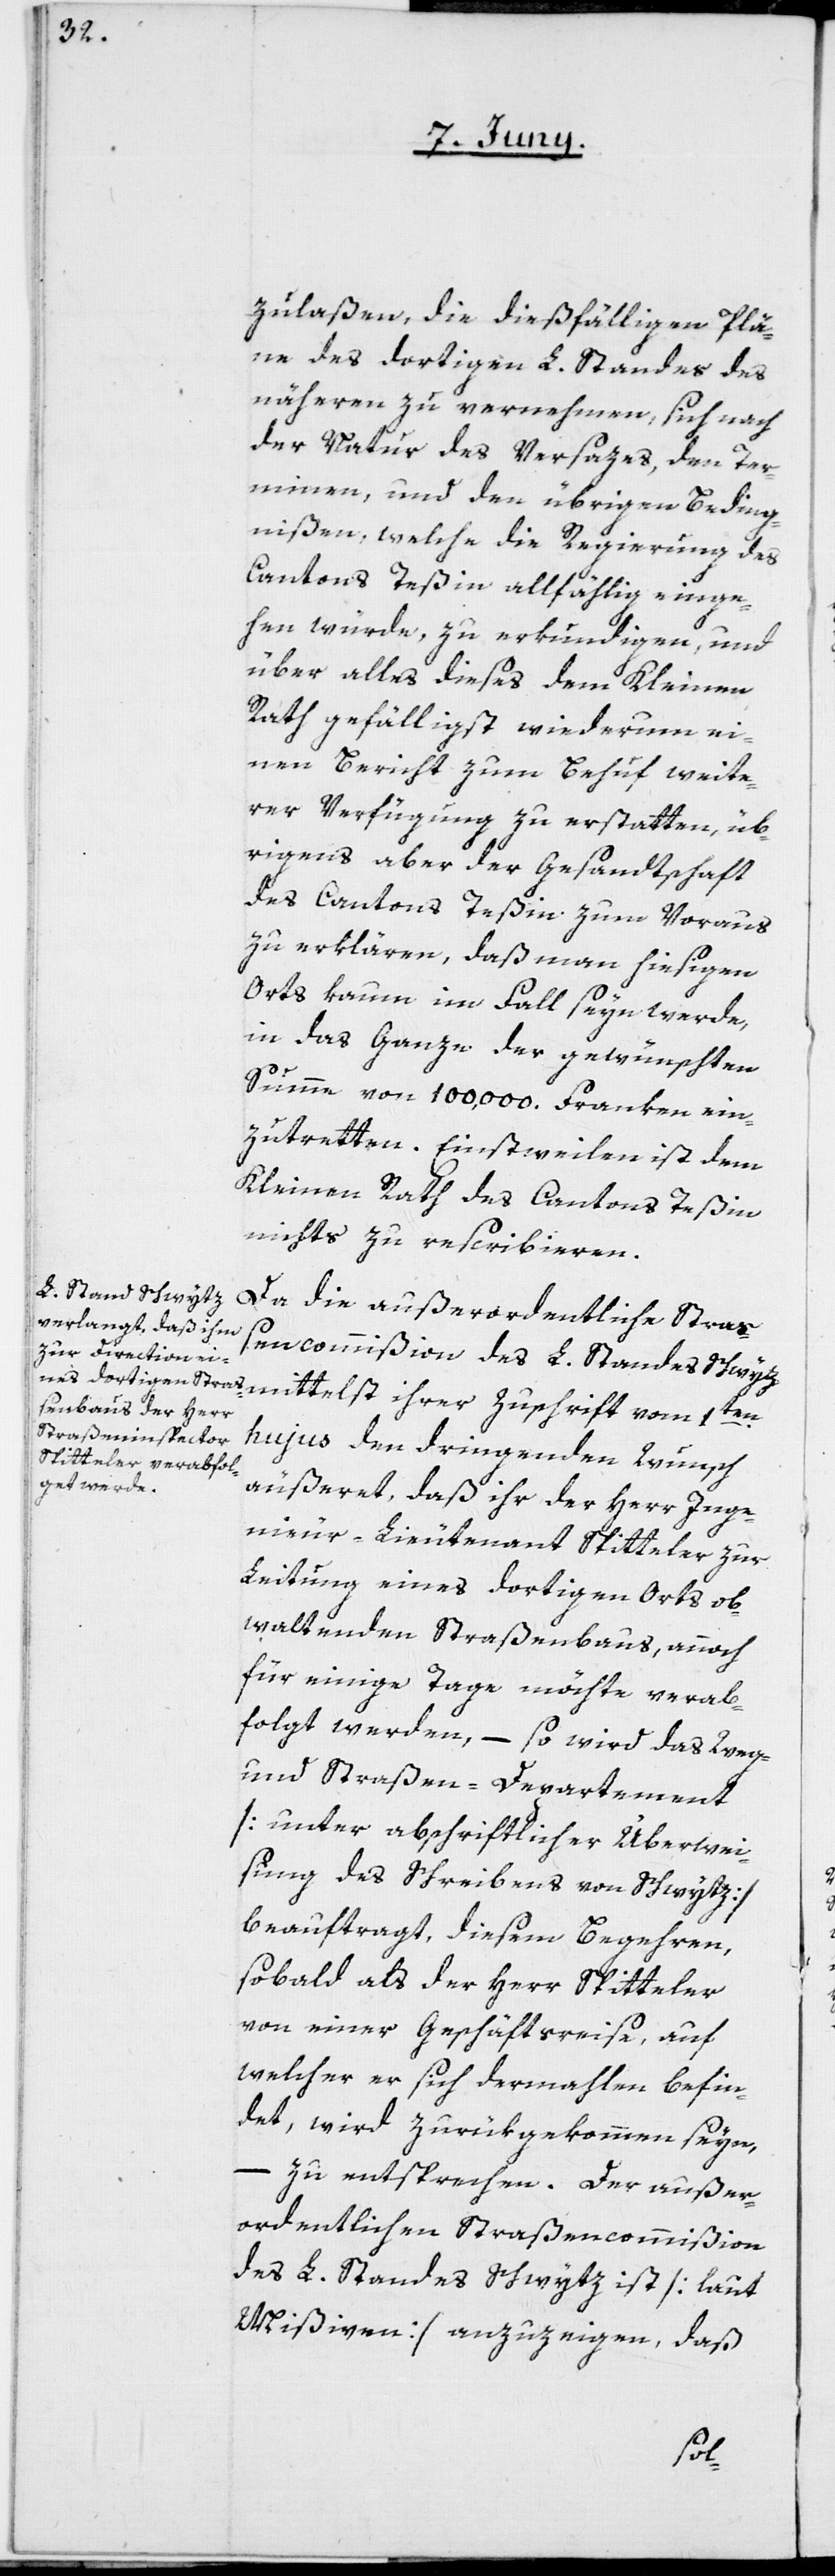
zulaßen, die dießfälligen Plä¬
ne des dortigen L. Standes des
nähern zu vernehmen, sich nach
der Natur des Versazes, den Ter¬
minen, und den übrigen Beding¬
nißen, welche die Regierung des
Cantons Teßin allfählig einge¬
hen würde, zu erkundigen, und
über alles dieses dem Kleinen
Rath gefälligst wiederum ei¬
nen Bericht zum Behuf weite¬
rer Verfügung zu erstatten, üb¬
rigens aber der Gesandtschaft
des Cantons Teßin zum Voraus
zu erklären, daß man hiesigen
Orts kaum im Fall seyn werde,
in das Ganze der gewünschten
Summe von 100,000. Franken ein¬
zutretten. Einstweilen ist dem
Kleinen Rath des Cantons Teßin
nichts zu rescribieren.
Da die außerordentliche Straß¬
encommißion des L. Standes Schwytz
hujus den dringenden Wunsch
äußeret, daß ihr der Herr Inge¬
nieur-Lieutenant Spitteler zur
Leitung eines dortigen Orts ob¬
waltenden Straßenbaus, annoch
für einige Tage möchte verab¬
folgt werden, – so wird das Weg-
und Straßen-Departement
[unter abschriftlicher Überwei¬
sung des Schreibens von Schwytz]
beauftragt, diesem Begehren,
sobald als der Herr Spitteler
von einer Geschäftsreise, auf
welcher er sich dermahlen befin¬
det, wird zurükgekommen seyn,
– zu entsprechen. Der außer¬
ordentlichen Straßencommißion
des L. Standes Schwytz ist [laut
Mißiven] anzuzeigen, daß
1ten